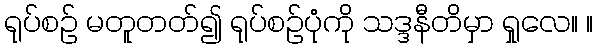
ရုပ်စဉ် မတူတတ်၍ ရုပ်စဉ်ပုံကို သဒ္ဒနီတိမှာ ရှုလေ။ ။